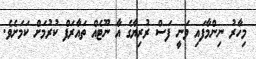
މިހާރު ނިންމާފައި ވަނީ ފަސް ރުރިޔާގެ އާ ނޫޓެއް ތައާރަފް ކުރުމަށް ކަމަށެވެ.